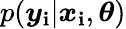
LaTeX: p(\boldsymbol{y}_{\mathbf{i}}|\boldsymbol{x}_{\mathbf{i}},\boldsymbol{\theta})